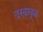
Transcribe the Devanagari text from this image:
दखावून